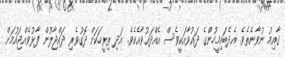
ޤާއިމު ނުވާނެތެވެ. އެދެބައިމީހުންގެ ދަޢުވާއަކީވެސް އެއްދަޢުވާއެކެވެ. އަދި ތިރީހަކަށް ދޮގުވެރި ދައްޖާލުން ފާޅުވެއްޖައުމަށް